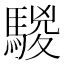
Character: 騣